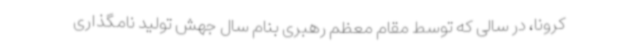
کرونا، در سالی که توسط مقام معظم رهبری بنام سال جهش تولید نامگذاری